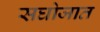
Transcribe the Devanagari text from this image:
सघोजात